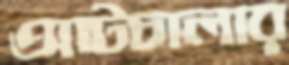
আটচালার